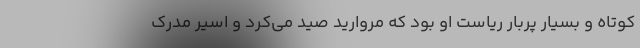
کوتاه و بسیار پربار ریاست او بود که مروارید صید می‌کرد و اسیر مدرک